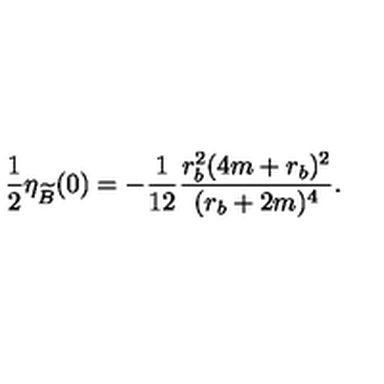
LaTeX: \frac { 1 } { 2 } \eta _ { \widetilde B } ( 0 ) = - \frac { 1 } { 1 2 } \frac { r _ { b } ^ { 2 } ( 4 m + r _ { b } ) ^ { 2 } } { ( r _ { b } + 2 m ) ^ { 4 } } .